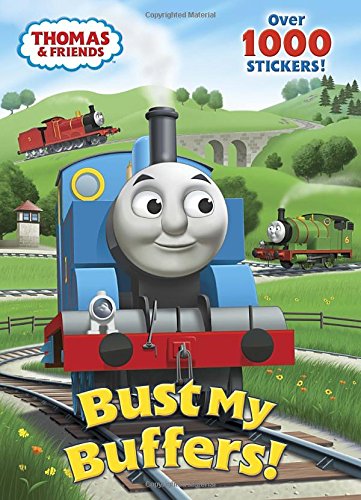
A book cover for Bust My Buffers! (Thomas & Friends) (Color Plus 1,000 Stickers); Rev. W. Awdry; Children's Books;